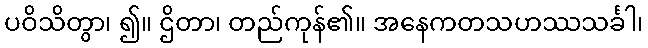
ပဝိသိတွာ၊ ၍။ ဌိတာ၊ တည်ကုန်၏။ အနေကတသဟဿသင်္ခါ၊